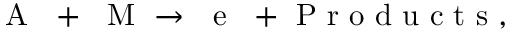
\mathrm { ~ A ~ } ~ + ~ \mathrm { ~ M ~ } \rightarrow ~ \mathrm { ~ e ~ } ~ + \mathrm { ~ P ~ r ~ o ~ d ~ u ~ c ~ t ~ s ~ } ,